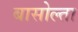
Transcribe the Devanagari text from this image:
बासोल्ता